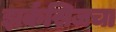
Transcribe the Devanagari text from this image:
झर्कसिजचा